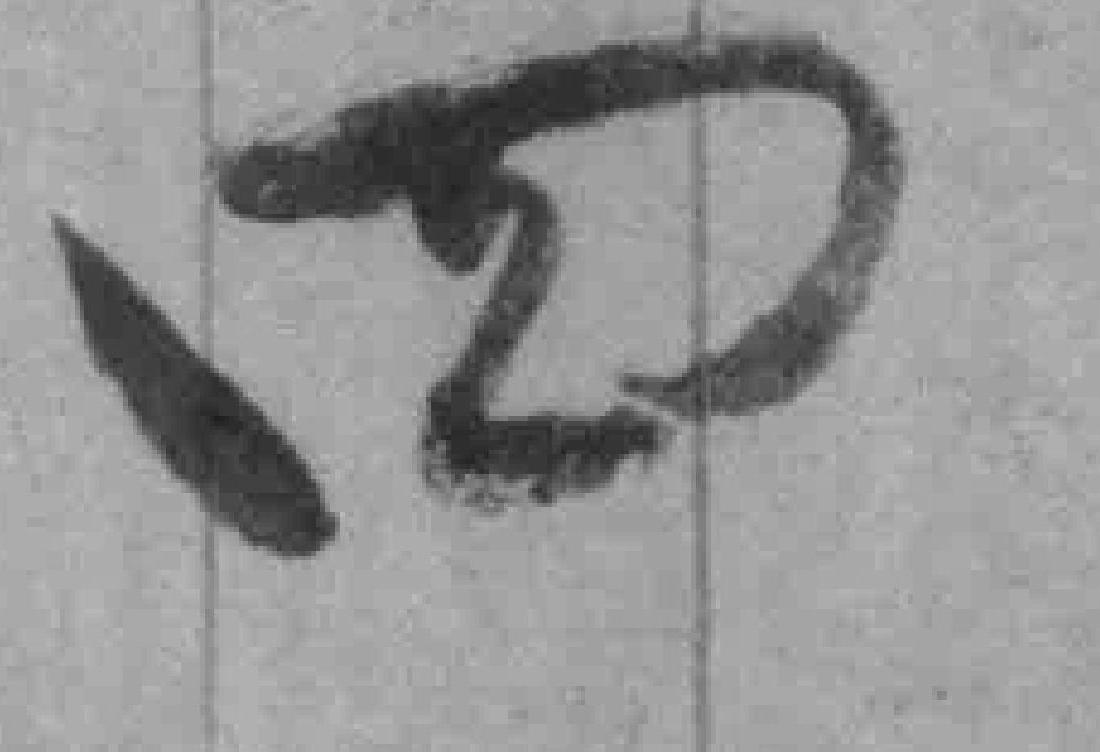
四